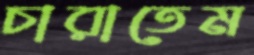
চারাতেম